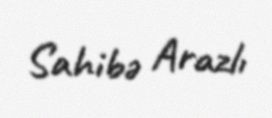
Sahibə Arazlı